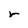
Character: r